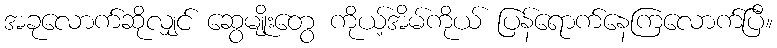
အခုလောက်ဆိုလျှင် ဆွေမျိုးတွေ ကိုယ့်အိမ်ကိုယ် ပြန်ရောက်နေကြလောက်ပြီ။